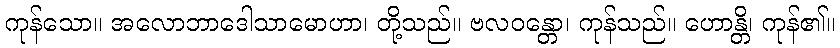
ကုန်သော။ အလောဘာဒေါသာမောဟာ၊ တို့သည်။ ဗလဝန္တော၊ ကုန်သည်။ ဟောန္တိ၊ ကုန်၏။